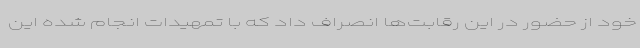
خود از حضور در این رقابت‌ها انصراف داد که با تمهیدات انجام شده این